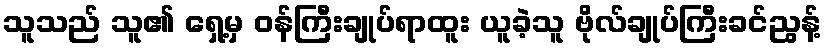
သူသည် သူ၏ ရှေ့မှ ဝန်ကြီးချုပ်ရာထူး ယူခဲ့သူ ဗိုလ်ချုပ်ကြီးခင်ညွန့်